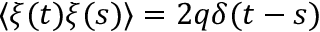
\langle \xi ( t ) \xi ( s ) \rangle = 2 q \delta ( t - s )